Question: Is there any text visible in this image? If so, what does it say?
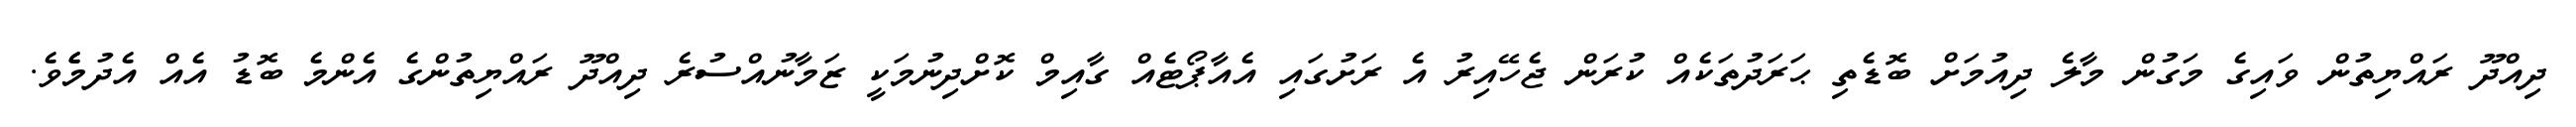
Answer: ދިއްދޫ ރައްޔިތުން ވައިގެ މަގުން މާލެ ދިއުމަށް ބޮޑެތި ޙަރަދުތަކެއް ކުރަން ޖެހޭއިރު އެ ރަށުގައި އެއާޕޯޓެއް ގާއިމް ކޮށްދިނުމަކީ ޒަމާނުއްސުރެ ދިއްދޫ ރައްޔިތުންގެ އެންމެ ބޮޑު އެއް އެދުމެެވެ.